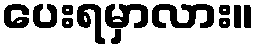
ပေးရမှာလား။